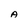
Character: A